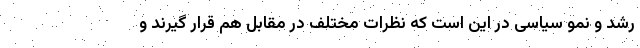
رشد و نمو سیاسی در این است که نظرات مختلف در مقابل هم قرار گیرند و